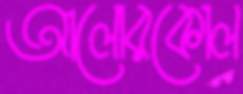
আলোরকোল